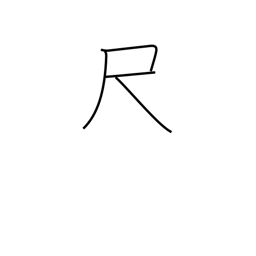
Meaning: scale